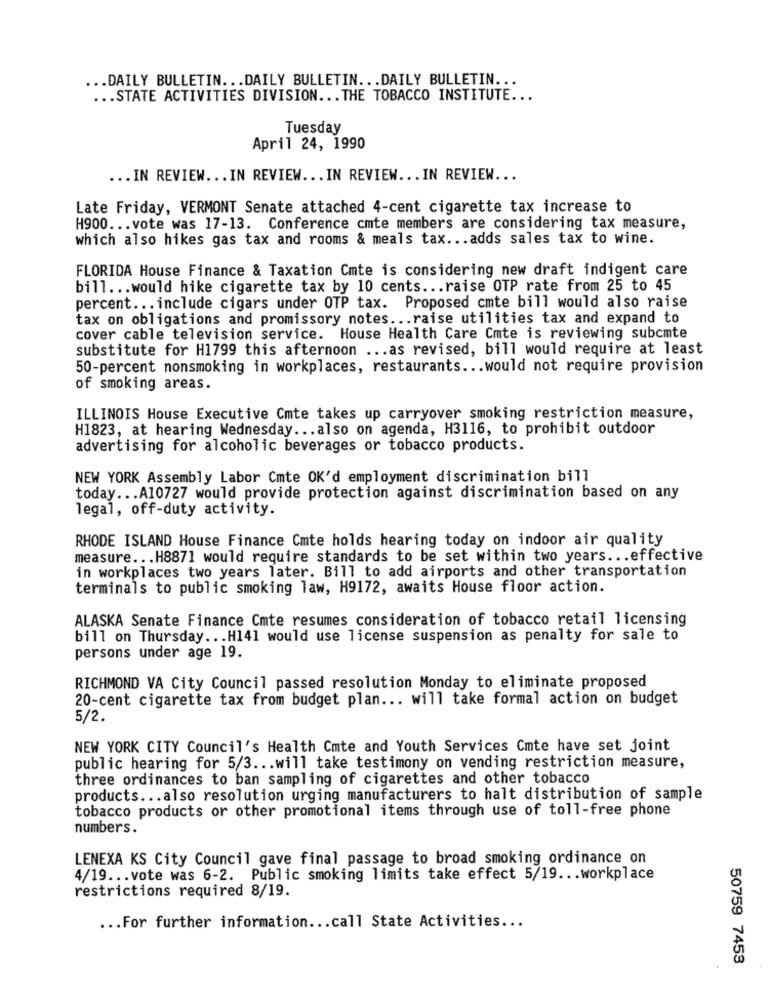
... DAILY BULLETIN ... DAILY BULLETIN ... DAILY BULLETIN ...
... STATE ACTIVITIES DIVISION ... THE TOBACCO INSTITUTE ...
Tuesday
April 24, 1990
... IN REVIEW ... IN REVIEW ... IN REVIEW ... IN REVIEW ...
Late Friday, VERMONT Senate attached 4-cent cigarette tax increase to
H900 ... vote was 17-13. Conference cmte members are considering tax measure,
which also hikes gas tax and rooms & meals tax ... adds sales tax to wine.
FLORIDA House Finance & Taxation Cmte is considering new draft indigent care
bill ... would hike cigarette tax by 10 cents ... raise OTP rate from 25 to 45
percent ... include cigars under OTP tax. Proposed cmte bill would also raise
tax on obligations and promissory notes ... raise utilities tax and expand to
cover cable television service. House Health Care Cmte is reviewing subcmte
substitute for H1799 this afternoon ... as revised, bill would require at least
50-percent nonsmoking in workplaces, restaurants ... would not require provision
of smoking areas.
ILLINOIS House Executive Cmte takes up carryover smoking restriction measure,
H1823, at hearing Wednesday ... also on agenda, H3116, to prohibit outdoor
advertising for alcoholic beverages or tobacco products.
NEW YORK Assembly Labor Cmte OK'd employment discrimination bill
today ... A10727 would provide protection against discrimination based on any
legal, off-duty activity.
RHODE ISLAND House Finance Cmte holds hearing today on indoor air quality
measure ... H8871 would require standards to be set within two years ... effective
in workplaces two years later. Bill to add airports and other transportation
terminals to public smoking law, H9172, awaits House floor action.
ALASKA Senate Finance Cmte resumes consideration of tobacco retail licensing
bill on Thursday ... H141 would use license suspension as penalty for sale to
persons under age 19.
RICHMOND VA City Council passed resolution Monday to eliminate proposed
20-cent cigarette tax from budget plan ... will take formal action on budget
5/2.
NEW YORK CITY Council's Health Cmte and Youth Services Cmte have set joint
public hearing for 5/3 ... will take testimony on vending restriction measure,
three ordinances to ban sampling of cigarettes and other tobacco
products ... also resolution urging manufacturers to halt distribution of sample
tobacco products or other promotional items through use of toll-free phone
numbers.
LENEXA KS City Council gave final passage to broad smoking ordinance on
4/19 ... vote was 6-2. Public smoking limits take effect 5/19 ... workplace
restrictions required 8/19.
... For further information ... call State Activities ...
50759 7453